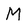
Character: M